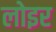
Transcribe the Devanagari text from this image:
लोइर